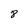
Character: 8